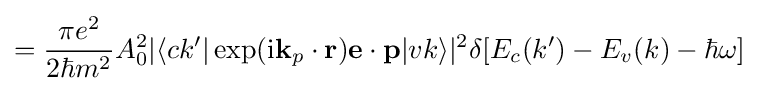
={\pi e^{2} \over 2\hbar m^{2}}A_{0}^{2}|\langle ck'|\exp(\mathrm {i} \mathbf {k} _{p}\cdot \mathbf {r} )\mathbf {e} \cdot \mathbf {p} |vk\rangle |^{2}\delta [E_{c}(k')-E_{v}(k)-\hbar \omega ]